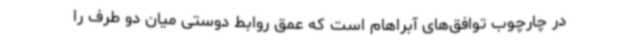
در چارچوب توافق‌های آبراهام است که عمق روابط دوستی میان دو طرف را